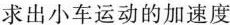
求出小车运动的加速度